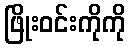
ဖြိုးဝင်းကိုကို